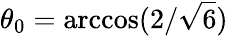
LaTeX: \theta_{0}=\operatorname{arccos}(2/\sqrt{6})